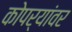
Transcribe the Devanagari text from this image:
कोपर्यांवर